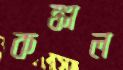
কঙ্কাল